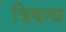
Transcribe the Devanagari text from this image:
त्रिबन्ध